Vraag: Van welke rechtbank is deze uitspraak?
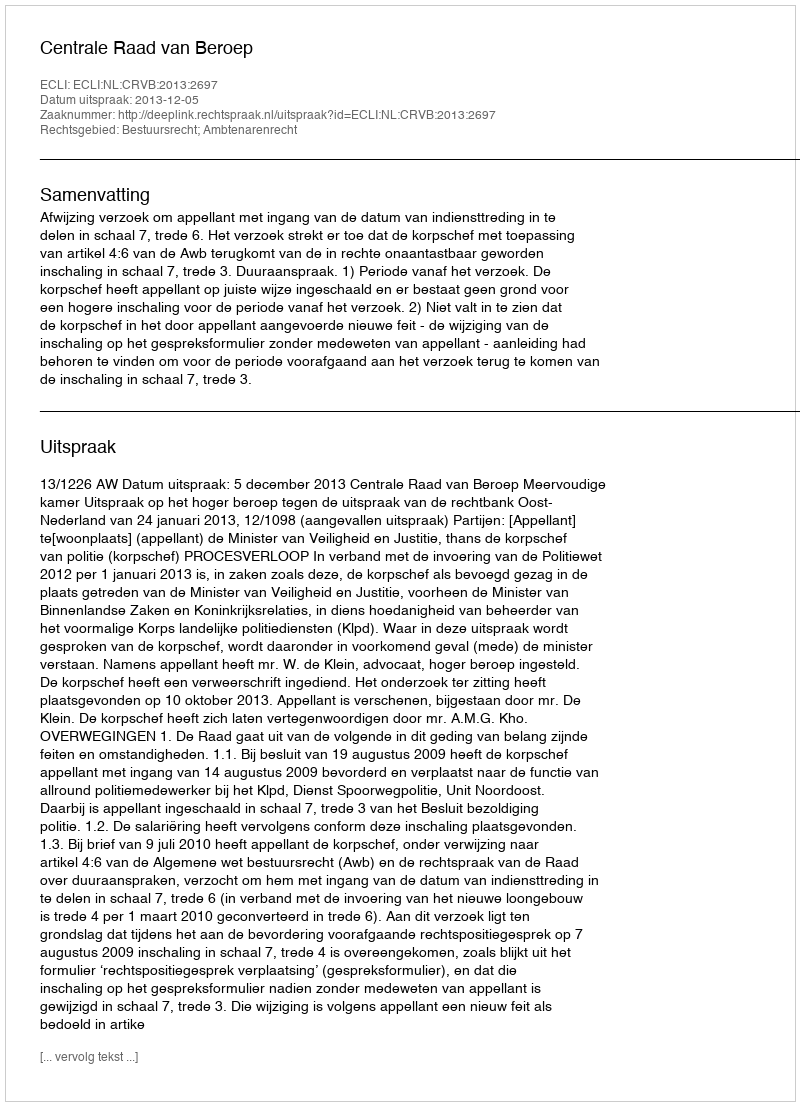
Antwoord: Centrale Raad van Beroep